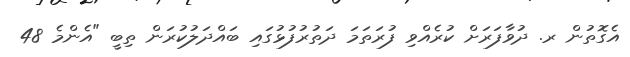
އެގޮތުން ރ. ދުވާފަރަށް ކުރެއްވި ފުރަތަމަ ދަތުރުފުޅުގައި ބައްދަލުކުރަން ތިބީ "އެންމެ 48